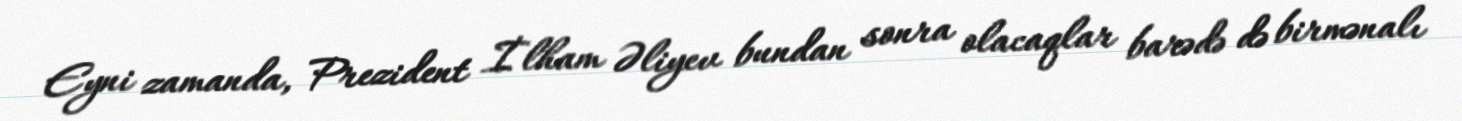
Eyni zamanda, Prezident İlham Əliyev bundan sonra olacaqlar barədə də birmənalı